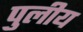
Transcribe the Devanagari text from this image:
पुलीय